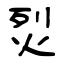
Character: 烮